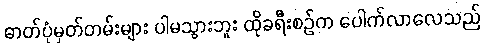
ဓာတ်ပုံမှတ်တမ်းများ ပါမသွားဘူး ထိုခရီးစဉ်က ပေါက်လာလေသည်